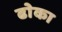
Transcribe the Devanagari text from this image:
ढाेका